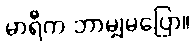
မာရီက ဘာမျှမပြော။